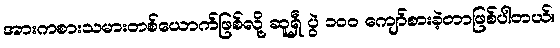
အားကစားသမားတစ်ယောက်ဖြစ်လို့ ဆူရှီ ပွဲ ၁၀၀ ကျော်စားခဲ့တာဖြစ်ပါတယ်။